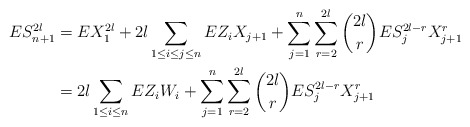
\begin{align*}ES_{n+1}^{2l}&=EX_1^{2l}+2l \sum_{1\le i\le j \le n }E Z_i X_{j+1}+\sum_{j=1}^n \sum_{r=2}^{2l} {2l\choose r}ES_j^{2l-r}X_{j+1}^r\\&=2l \sum_{1\le i \le n }E Z_i W_i+\sum_{j=1}^n \sum_{r=2}^{2l}{2l\choose r}ES_j^{2l-r}X_{j+1}^r\end{align*}